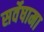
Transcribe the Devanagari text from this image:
सर्वेषामा